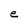
Character: e